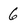
Character: 6